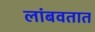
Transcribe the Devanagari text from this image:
लांबवतात